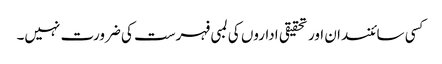
کسی سائنسدان اور تحقیقی اداروں کی لمبی فہرست کی ضرورت نہیں۔